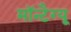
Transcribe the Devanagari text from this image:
मॉन्टैग्यू